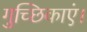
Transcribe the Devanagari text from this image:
गुच्छिकाएं।